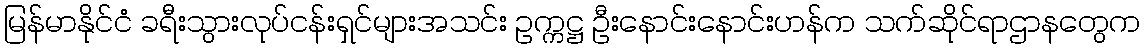
မြန်မာနိုင်ငံ ခရီးသွားလုပ်ငန်းရှင်များအသင်း ဥက္ကဋ္ဌ ဦးနောင်းနောင်းဟန်က သက်ဆိုင်ရာဌာနတွေက